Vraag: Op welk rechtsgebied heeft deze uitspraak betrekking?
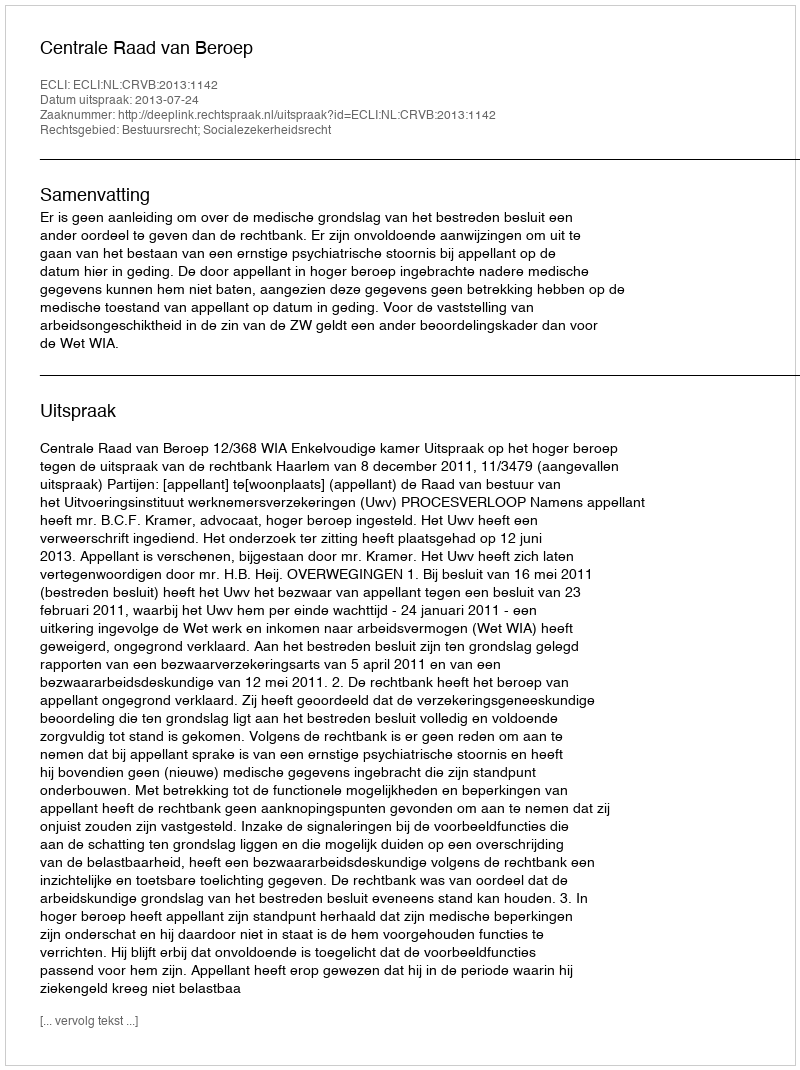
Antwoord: Bestuursrecht; Socialezekerheidsrecht